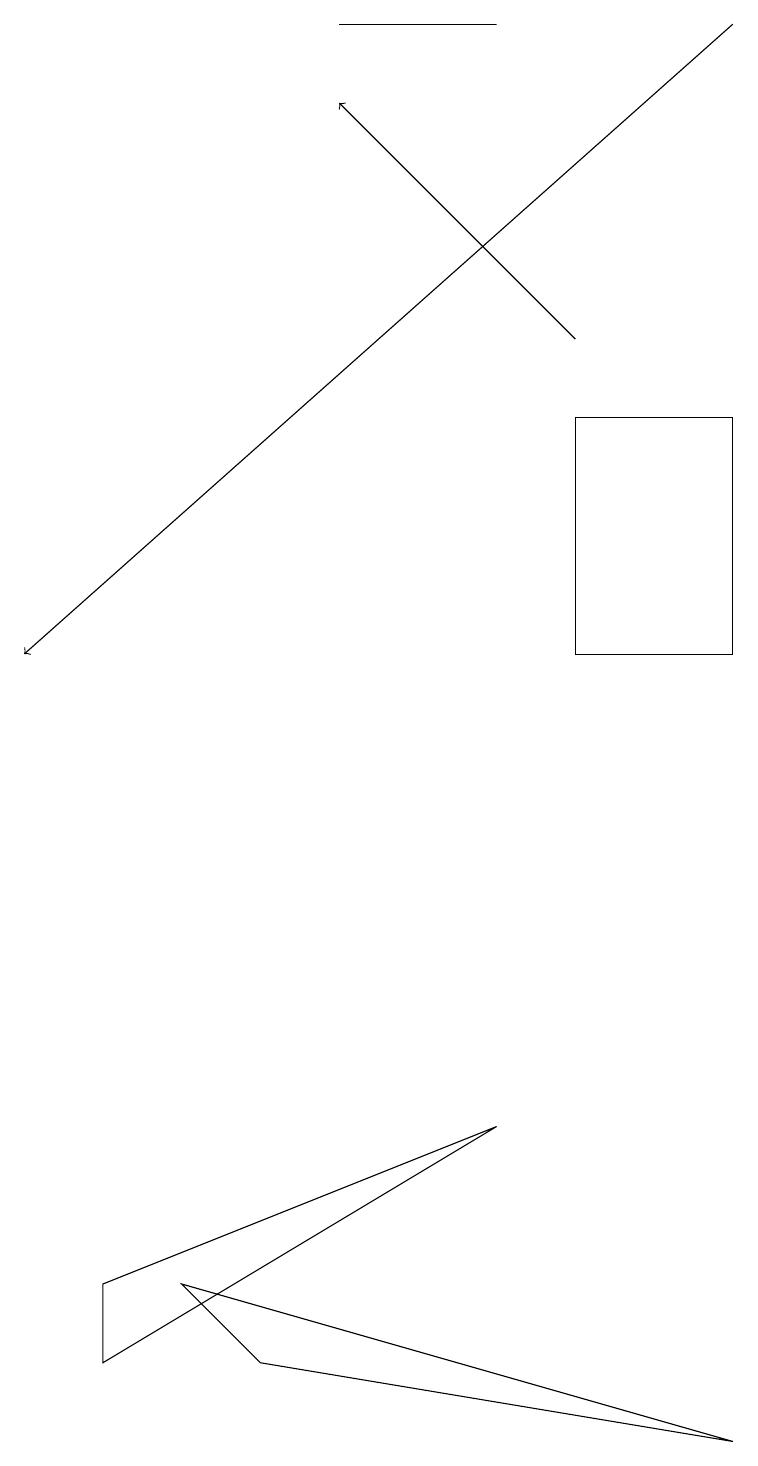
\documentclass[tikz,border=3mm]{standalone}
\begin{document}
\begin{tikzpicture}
\draw (6,5) -- (1,3) -- (1,2) -- cycle;
\draw (6,19) rectangle (4,19);
\draw (7,14) rectangle (9,11);
\draw[->] (9,19) -- (0,11);
\draw[->] (7,15) -- (4,18);
\draw (2,3) -- (9,1) -- (3,2) -- cycle;
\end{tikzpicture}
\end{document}